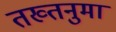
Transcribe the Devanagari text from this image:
तख्तनुमा